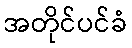
အတိုင်ပင်ခံ